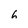
Character: 6